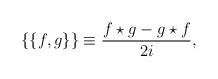
\begin{align*}\{\{f,g\}\} \equiv {f\star g - g\star f \over 2i},\end{align*}